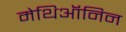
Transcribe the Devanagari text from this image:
मेथिऑनिन